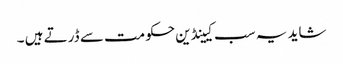
شاید یہ سب کیینڈین حکومت سے ڈرتے ہیں ۔